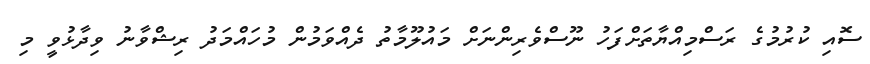
ސޮއި ކުރުމުގެ ރަސްމިއްޔާތަށްފަހު ނޫސްވެރިންނަށް މައުލޫމާތު ދެއްވަމުން މުހައްމަދު ރިޝްވާނު ވިދާޅުވީ މި